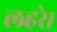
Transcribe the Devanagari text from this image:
लहरे।